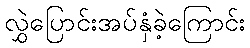
လွှဲပြောင်းအပ်နှံခဲ့ကြောင်း